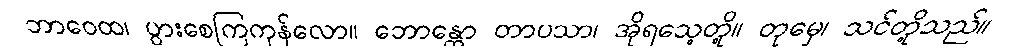
ဘာဝေထ၊ ပွားစေကြကုန်လော။ ဘောန္တော တာပသာ၊ အိုရသေ့တို့။ တုမှေ၊ သင်တို့သည်။